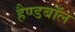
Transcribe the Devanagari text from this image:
हैण्डबॉल